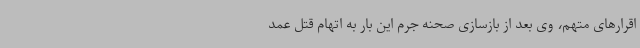
اقرارهای متهم، وی بعد از بازسازی صحنه جرم این بار به اتهام قتل عمد